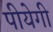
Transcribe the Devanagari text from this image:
पीयेगी